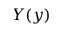
Y ( y )